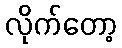
လိုက်တော့